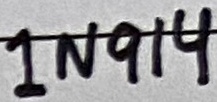
Text: 1N914